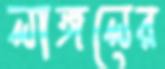
লাঙ্গলের